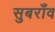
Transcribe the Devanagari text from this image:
सुबराँव